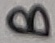
Text: B